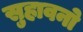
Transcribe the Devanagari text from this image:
सुहावनो